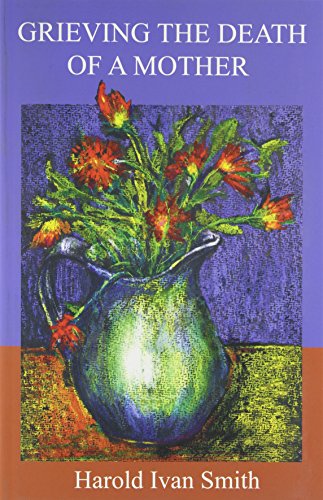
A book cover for Grieving the Death of a Mother; Harold Ivan Smith; Self-Help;